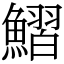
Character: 鰼